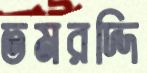
তমরদ্দি